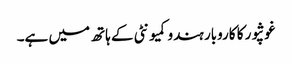
غوثپور کا کاروبار ہندو کمیونٹی کے ہاتھ میں ہے۔